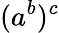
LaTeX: (a^{b})^{c}